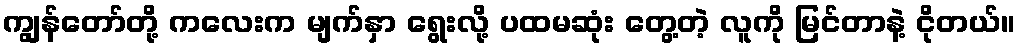
ကျွန်တော်တို့ ကလေးက မျက်နှာ ရွေးလို့ ပထမဆုံး တွေ့တဲ့ လူကို မြင်တာနဲ့ ငိုတယ်။